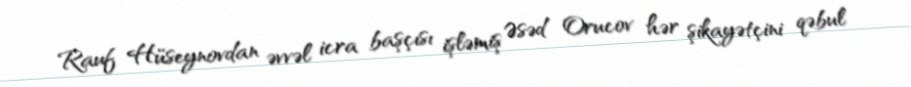
Rauf Hüseynovdan əvvəl icra başçısı işləmiş Əsəd Orucov hər şikayətçini qəbul